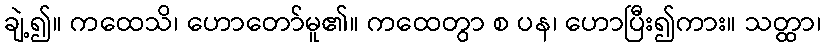
ချဲ့၍။ ကထေသိ၊ ဟောတော်မူ၏။ ကထေတွာ စ ပန၊ ဟောပြီး၍ကား။ သတ္ထာ၊